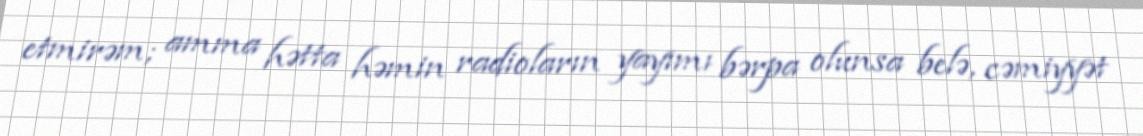
etmirəm; amma hətta həmin radioların yayımı bərpa olunsa belə, cəmiyyət